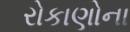
રોકાણોના